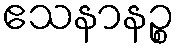
ဧသနာနဉ္စ